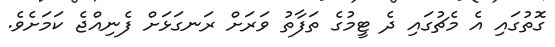
ގޮތުގައި އެ މެޗުގައި ދެ ޓީމުގެ ތަފާތު ވަރަށް ރަނގަޅަށް ފެނިއްޖެ ކަމަށެވެ.